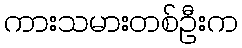
ကားသမားတစ်ဦးက